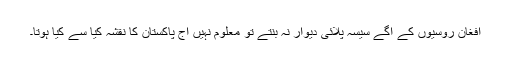
افغان روسیوں کے آگے سیسہ پلائی دیوار نہ بنتے تو معلوم نہیں آج پاکستان کا نقشہ کیا سے کیا ہوتا۔